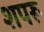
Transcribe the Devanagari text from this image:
शपरू